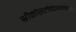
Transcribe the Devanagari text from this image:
श्रीकोसलेन्द्रभगवंस्तव